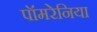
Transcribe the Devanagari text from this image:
पॉमरेनिया